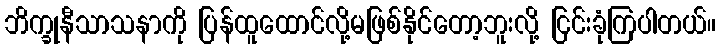
ဘိက္ခုနီသာသနာကို ပြန်ထူထောင်လို့မဖြစ်နိုင်တော့ဘူးလို့ ငြင်းခုံကြပါတယ်။